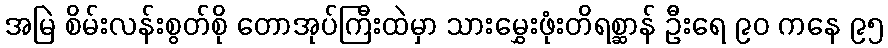
အမြဲ စိမ်းလန်းစွတ်စို တောအုပ်ကြီးထဲမှာ သားမွှေးဖုံးတိရစ္ဆာန် ဦးရေ ၉၀ ကနေ ၉၅